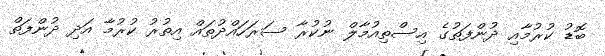
ބޮޑު ކުރުމާއި ދުންފަތުގެ އިސްތިއުމާލް ނުކުރާ ސަރަހައްދުތައް އިތުރު ކުރުމާ އަދި ދުންފަތް